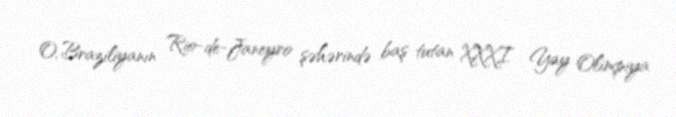
O, Braziliyanın Rio-de-Janeyro şəhərində baş tutan XXXI Yay Olimpiya